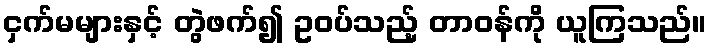
ငှက်မများနှင့် တွဲဖက်၍ ဥဝပ်သည့် တာဝန်ကို ယူကြသည်။